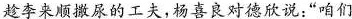
趁李来顺撒尿的工夫，杨喜良对德欣说:“咱们